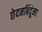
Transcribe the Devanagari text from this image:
छेदनबिंदूंना